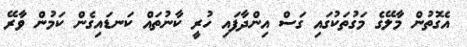
އެގޮތުން މާލޭގެ މަގުތަކުގައި ގަސް އިންދާފައި ހުރީ ކާނުތައް ކަނޑައިގެން ކަމުން ވާރޭ